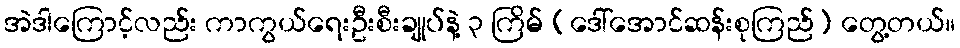
အဲဒါကြောင့်လည်း ကာကွယ်ရေးဦးစီးချုပ်နဲ့ ၃ ကြိမ် (ဒေါ်အောင်ဆန်းစုကြည်) တွေ့တယ်။